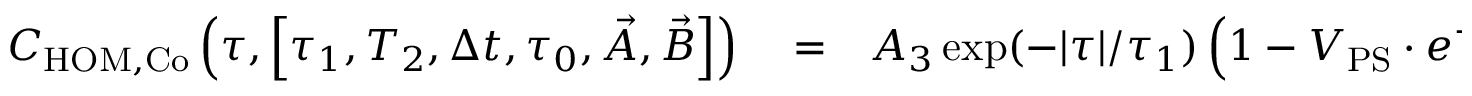
\begin{array} { r l r } { C _ { \mathrm { H O M , C o } } \left( \tau , \left[ \tau _ { 1 } , T _ { 2 } , \Delta t , \tau _ { 0 } , \vec { A } , \vec { B } \right] \right) } & { { } = } & { A _ { 3 } \exp ( - | \tau | / \tau _ { 1 } ) \left( 1 - V _ { \mathrm { P S } } \cdot e ^ { - | \tau | / T _ { 2 } } \right) + \sum _ { \mathrm { i } = \{ 1 , 2 , 4 , 5 \} } A _ { i } \exp ( - \left| \tau + \Delta t _ { i } \right| / \tau _ { 1 } ) } \end{array}